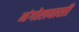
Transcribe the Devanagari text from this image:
मंगोलवासी